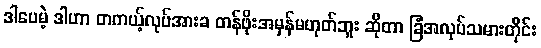
ဒါပေမဲ့ ဒါဟာ တကယ့်လုပ်အားခ တန်ဖိုးအမှန်မဟုတ်ဘူး ဆိုတာ ခြံအလုပ်သမားတိုင်း